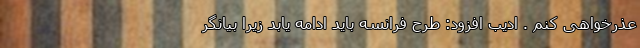
عذرخواهی کنم . ادیب افزود: طرح فرانسه باید ادامه یابد زیرا بیانگر